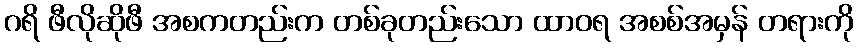
ဂရိ ဖီလိုဆိုဖီ အစကတည်းက တစ်ခုတည်းသော ထာဝရ အစစ်အမှန် တရားကို